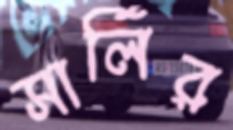
সার্লির